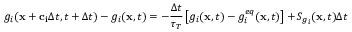
g _ { i } ( \mathbf { x } + \mathbf { c _ { i } } \Delta t , t + \Delta t ) - g _ { i } ( \mathbf { x } , t ) = - \frac { \Delta t } { \tau _ { T } } \left[ g _ { i } ( \mathbf { x } , t ) - g _ { i } ^ { e q } ( \mathbf { x } , t ) \right] + S _ { g _ { i } } ( \mathbf { x } , t ) \Delta t